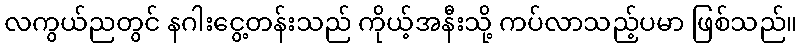
လကွယ်ညတွင် နဂါးငွေ့တန်းသည် ကိုယ့်အနီးသို့ ကပ်လာသည့်ပမာ ဖြစ်သည်။